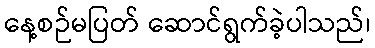
နေ့စဉ်မပြတ် ဆောင်ရွက်ခဲ့ပါသည်၊